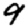
Digit: 9